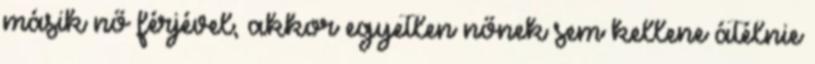
másik nő férjével, akkor egyetlen nőnek sem kellene átélnie